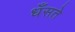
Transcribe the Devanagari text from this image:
धँसते